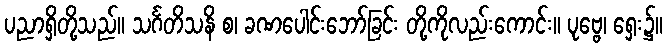
ပညာရှိတို့သည်။ သင်္ဂတိသနိ စ၊ ခဏပေါင်းဘော်ခြင်း တို့ကိုလည်းကောင်း။ ပုဗ္ဗေ၊ ရှေး၌။